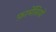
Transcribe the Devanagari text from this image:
फ़ार्मेसियों